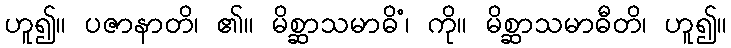
ဟူ၍။ ပဇာနာတိ၊ ၏။ မိစ္ဆာသမာဓိံ၊ ကို။ မိစ္ဆာသမာဓီတိ၊ ဟူ၍။